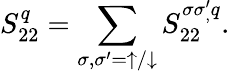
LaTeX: S_{22}^{q}=\sum_{\sigma,\sigma^{\prime}=\uparrow/\downarrow}S_{22}^{\sigma\sigma_{,}^{\prime}q}.